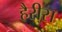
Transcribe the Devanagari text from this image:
हैरीस